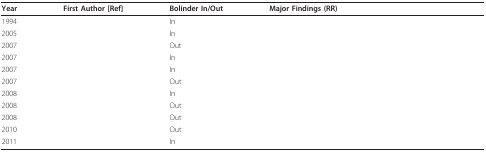
<table><thead><tr><td><b>Year</b></td><td><b>First Author [Ref]</b></td><td><b>Bolinder In/Out</b></td><td><b>Major Findings (RR)</b></td></tr></thead><tbody><tr><td>1994</td><td>[EMPTY_CELL]</td><td>In</td><td>[EMPTY_CELL]</td></tr><tr><td>2005</td><td>[EMPTY_CELL]</td><td>In</td><td>[EMPTY_CELL]</td></tr><tr><td>2007</td><td>[EMPTY_CELL]</td><td>Out</td><td>[EMPTY_CELL]</td></tr><tr><td>2007</td><td>[EMPTY_CELL]</td><td>In</td><td>[EMPTY_CELL]</td></tr><tr><td>2007</td><td>[EMPTY_CELL]</td><td>In</td><td>[EMPTY_CELL]</td></tr><tr><td>2007</td><td>[EMPTY_CELL]</td><td>Out</td><td>[EMPTY_CELL]</td></tr><tr><td>2008</td><td>[EMPTY_CELL]</td><td>In</td><td>[EMPTY_CELL]</td></tr><tr><td>2008</td><td>[EMPTY_CELL]</td><td>Out</td><td>[EMPTY_CELL]</td></tr><tr><td>2008</td><td>[EMPTY_CELL]</td><td>Out</td><td>[EMPTY_CELL]</td></tr><tr><td>2010</td><td>[EMPTY_CELL]</td><td>Out</td><td>[EMPTY_CELL]</td></tr><tr><td>2011</td><td>[EMPTY_CELL]</td><td>In</td><td>[EMPTY_CELL]</td></tr></tbody></table>